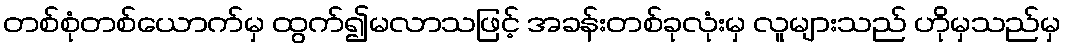
တစ်စုံတစ်ယောက်မှ ထွက်၍မလာသဖြင့် အခန်းတစ်ခုလုံးမှ လူများသည် ဟိုမှသည်မှ